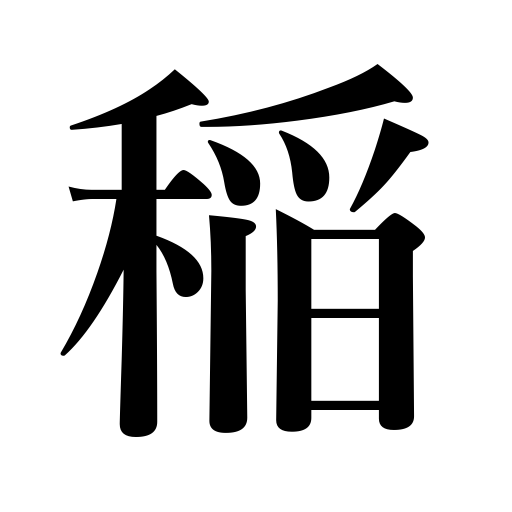
Meanings: rice plant